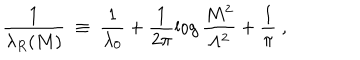
\frac { 1 } { \lambda _ { R } ( M ) } ~ \equiv ~ \frac { 1 } { \lambda _ { 0 } } + \frac { 1 } { 2 \pi } \log \frac { M ^ { 2 } } { \Lambda ^ { 2 } } + \frac { 1 } { \pi } ~ ,